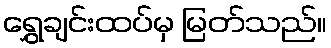
ရွှေချင်းထပ်မှ မြတ်သည်။